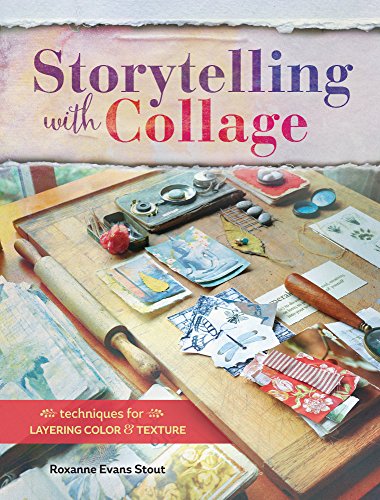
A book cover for Storytelling with Collage: Techniques for Layering, Color and Texture; Roxanne Evans Stout; Crafts, Hobbies & Home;